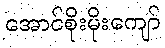
အောင်စိုးမိုးကျော်